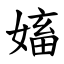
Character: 㜅